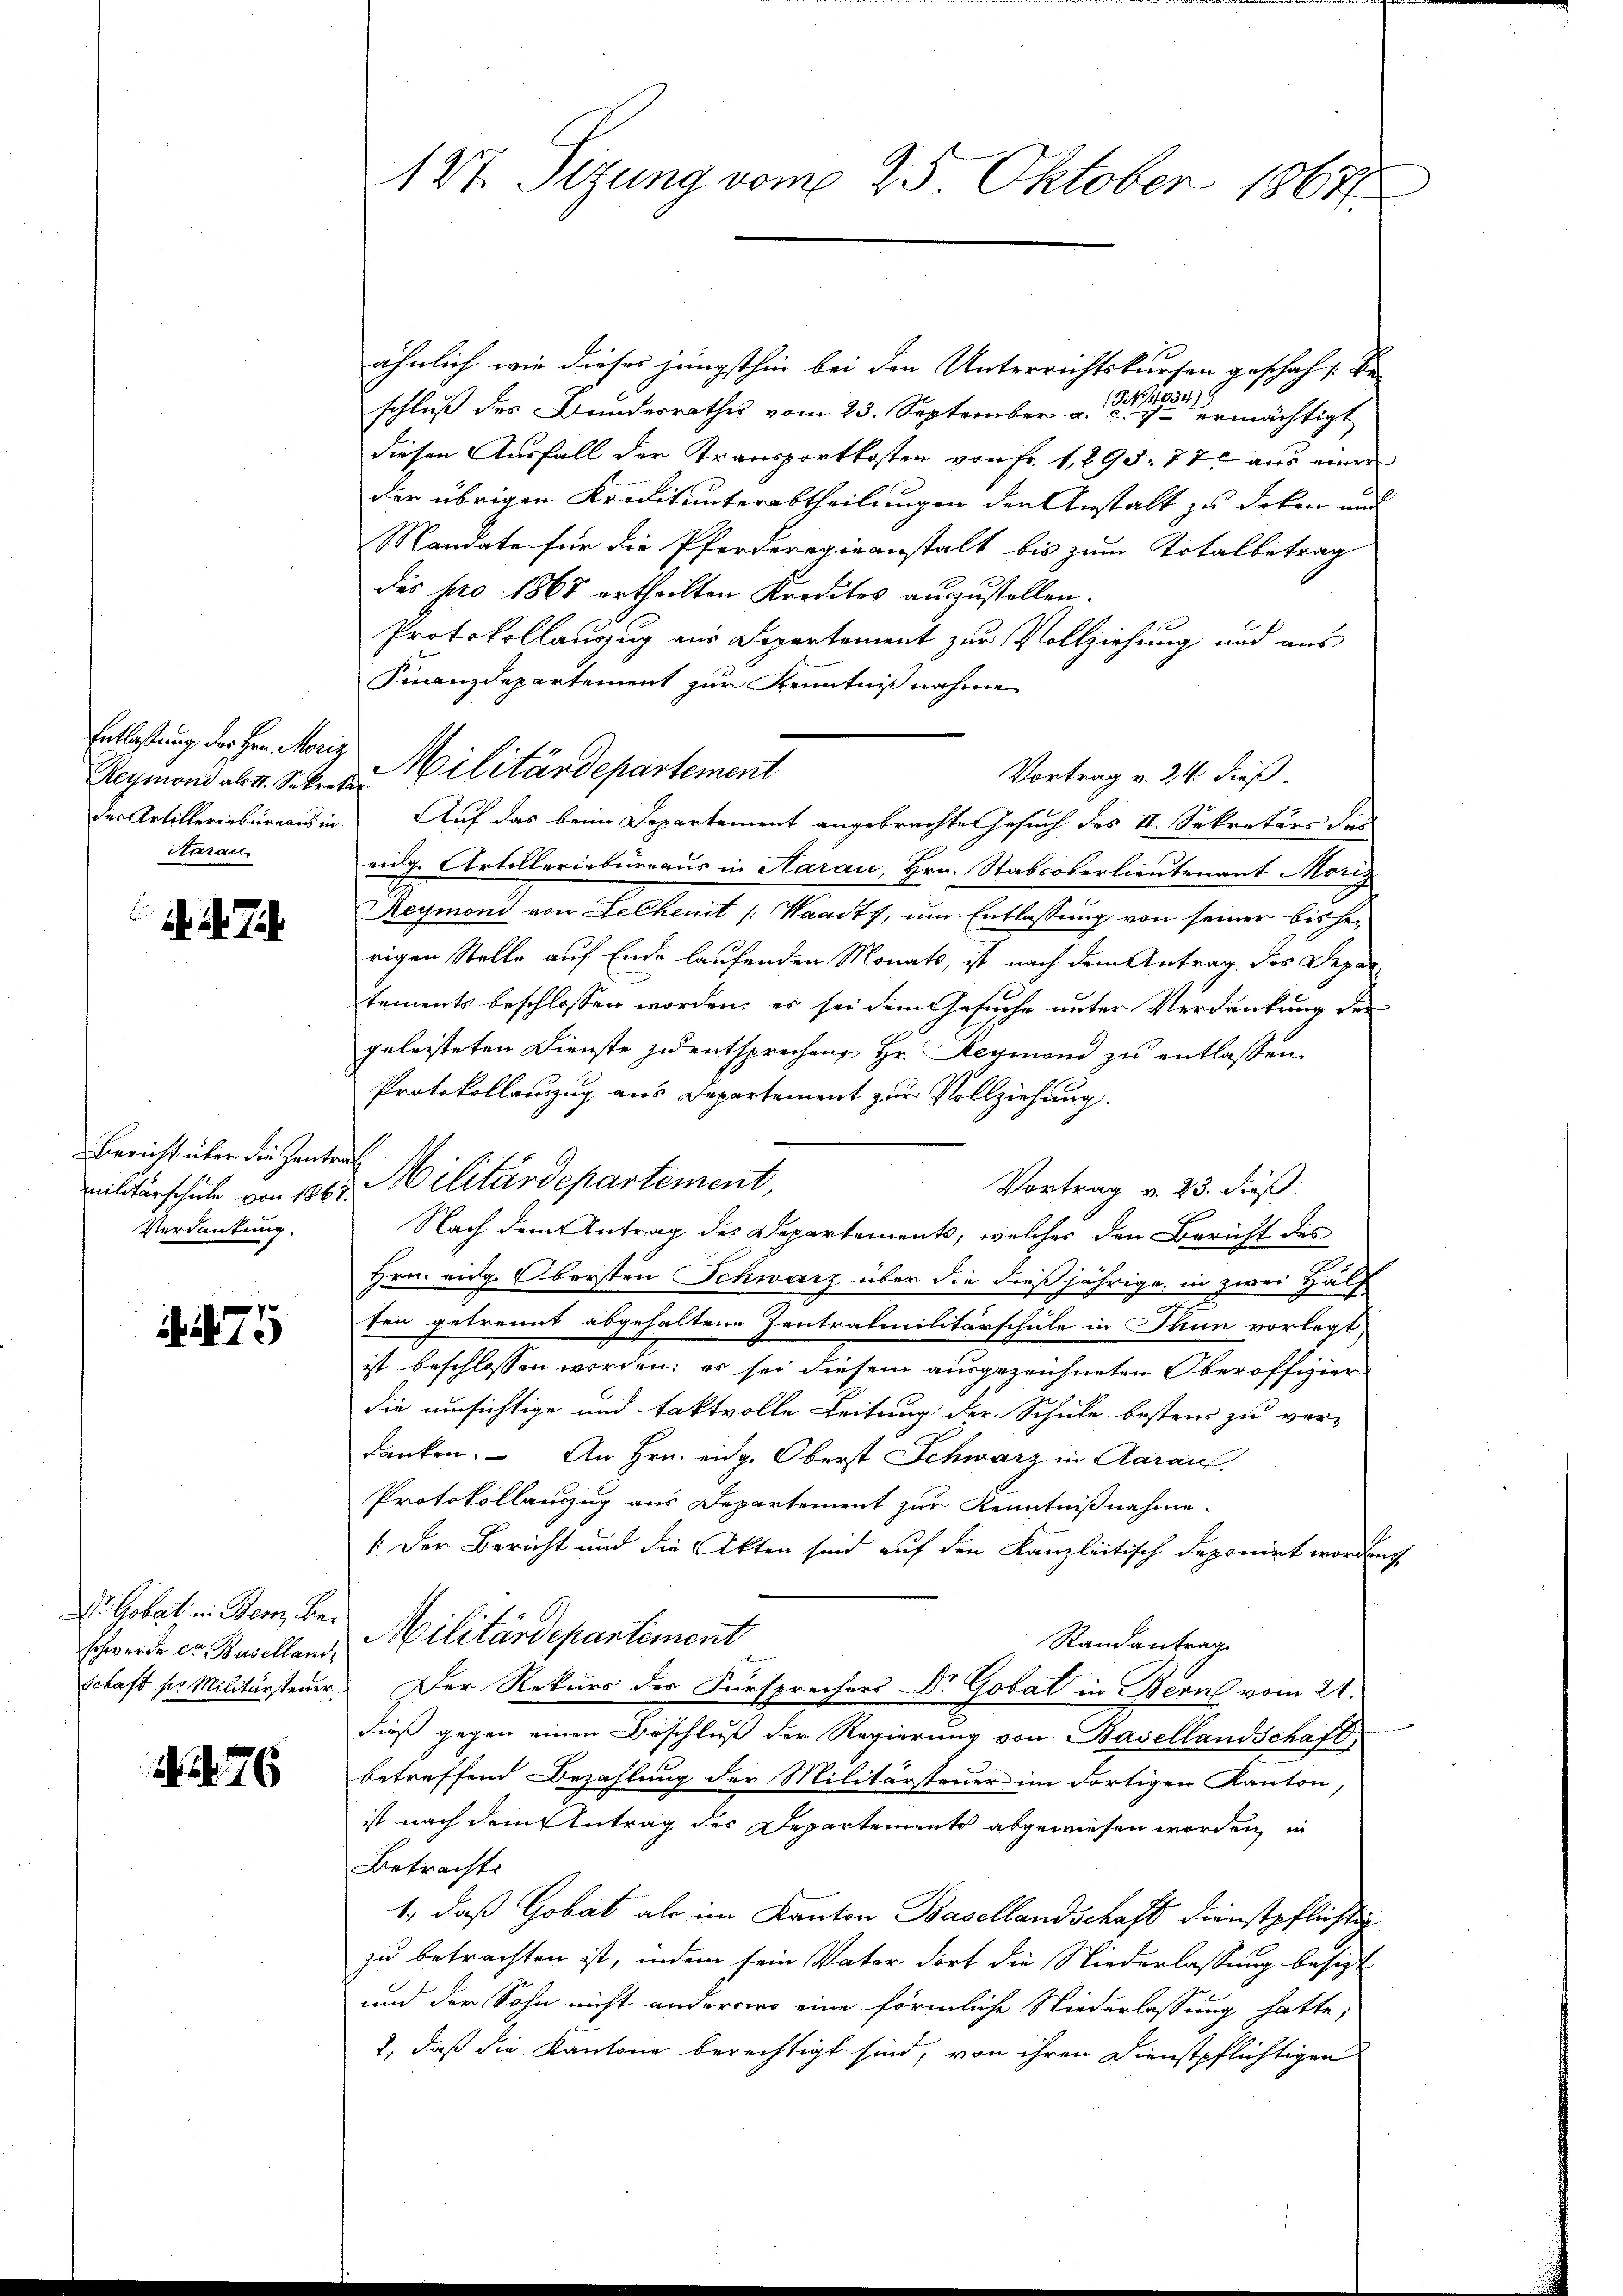
Entlaßung des Herr Moriz
Aaraus

d. d.

Bericht über die Zentral¬
Verdautung.

475

Dr. Gobat in Bern Be¬

76

127. Sizung vom 25. Oktober 1867.

ähnlich wie dieser jüngsthin bei den Unterrichtskursen geschah s. Be
schluß des Bunderrathes vom 23. September a. eine mächtigt
diesen Ausfall der Transportkosten von Fr. 1, 293. 77 aus einer
der übrigen Kreitunterabtheilungen der Anstalt zu deker und
Mandate für die Pferderegieanstalt bis zum Totalbetrag
dis pro 1868 ertheilten Kredites auszustellen.
Protokollauszug aus Departement zur Vollziehung und aus
Finanzdepartement zur Kenntnißnahme
der Artillerinbüreaus in Auf das beim Departement angebrachte Gesuch des II. Sekretärs der
eidg. Artilleriebureaus in Aarau, Hrn. Stabsoberlieutenant Moriz
Reymond von Leckenit [Waadt, um Entlassung von seiner bisherigen Stelle auf Ende laufenden Monats, ist nach dem Antrag des Depare
tements beschlossen worden, es sei dem Gesuche unter Verdankung der
geleiteten Dienste zu entsprechen Hr. Reymond zu entlassen.
Protokollauszug aus Departement zur Vollziehung.
Vortrag v. 23. dieß:
Nach dem Antrag des Departements, welches den Bericht des
Hrn. eidg. Obersten Schwarz über die dießjährige, in zwei Hälf
fen getrennt abgehaltene Zentralmilitärschule in Thun vorlegt,
ist beschlossen worden; es sei diesem ausgezeichneten Oberoffizier
die umsichtige und faktvolle Leitung der Schule bestens zu ver-
danken. An Hrn. eidg. Oberst Schwarz in Aarau
Protokollauszug aus Departement zur Kenntnißnahme.
/ Der Bericht und die Akten sind auf den Kanzleitisch deponirt worden,
Randantrag
schwerde er Baselland Militärdepartement
Schaft pr Militärsteuer. Der Rekurs der Fürsprechers Dr. Gobat in Bern vom 21.
dieß gegen einen Beschluß der Regierung von Basellandschaft
betreffend Bezahlung der Militärsteuer im dortigen Kanton,
ist nach dem Antrag des Departemente abgewiesen worden, in
Betracht.
1., daß Gobat als im Kanton Basellandschaft dienstpflichtig
zu betrachten ist, indem sein Vater dort die Niederlassung besizt
und der Sohn nicht anderer eine förmliche Niederlassung hatte;
2, daß die Kantone berechtigt sind, von ihren Dienstpflichtigen

Reymond ab. Seker Militärdepartement
Vortrag v. 24. dieß

vilitärschule von 1000 Militärdepartement,